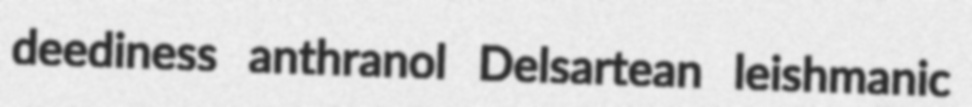
deediness anthranol Delsartean leishmanic